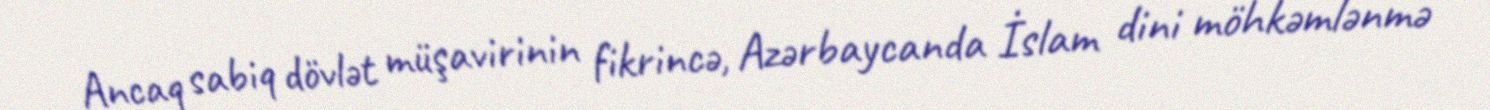
Ancaq sabiq dövlət müşavirinin fikrincə, Azərbaycanda İslam dini möhkəmlənmə